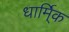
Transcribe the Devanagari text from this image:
धार्मि्क